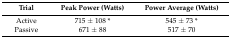
| Trial | Peak Power (Watts) | Power Average (Watts) |
 | --- | --- | --- |
 | Active | 715 ± 108 * | 545 ± 73 * |
 | Passive | 671 ± 88 | 517 ± 70 |